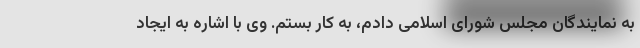
به نمایندگان مجلس شورای اسلامی دادم، به کار بستم. وی با اشاره به ایجاد